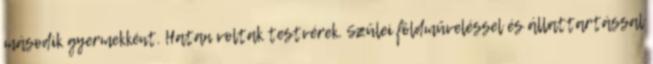
második gyermekként. Hatan voltak testvérek. Szülei földműveléssel és állattartással